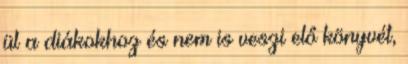
ül a diákokhoz és nem is veszi elő könyvét,